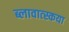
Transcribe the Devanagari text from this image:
ब्लावात्स्कया